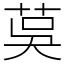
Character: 茣